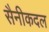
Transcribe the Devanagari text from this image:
सैनीकदल